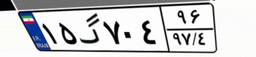
۳۷گ۷۹۸۶۲